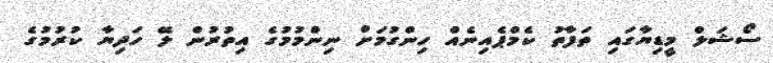
ސޯޝަލް މީޑިޔާގައި ތަފާތު ކެމްޕެއިނެއް ހިންގުމަށް ނިންމުމުގެ އިތުރުން ލޭ ހަދިޔާ ކުރުމުގެ